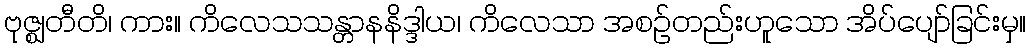
ဗုဇ္ဈတီတိ၊ ကား။ ကိလေသသန္တာနနိဒ္ဒါယ၊ ကိလေသာ အစဉ်တည်းဟူသော အိပ်ပျော်ခြင်းမှ။